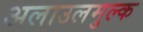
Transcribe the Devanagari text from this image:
अलाउलमुल्क